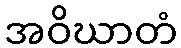
အဝိဃာတံ